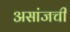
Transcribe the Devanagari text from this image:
असांजची